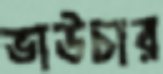
ভাউচার